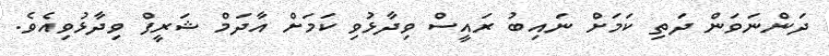
ދަންނަވަން ދަތި ކަމަށް ނައިބު ރައީސް ވިދާޅުވި ކަމަށް އާދަމް ޝަރީފް ވިދާޅުވިއެވެ.